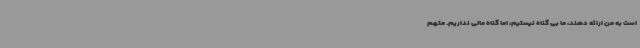
است به من ارائه دهند، ما بی گناه نیستیم، اما گناه مالی نداریم. متهم